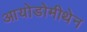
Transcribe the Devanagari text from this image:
आयोडोमीथेन